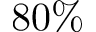
8 0 \%